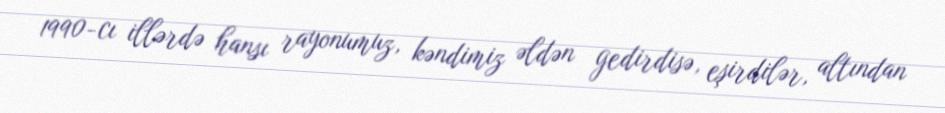
1990-cı illərdə hansı rayonumuz, kəndimiz əldən gedirdisə, eşirdilər, altından